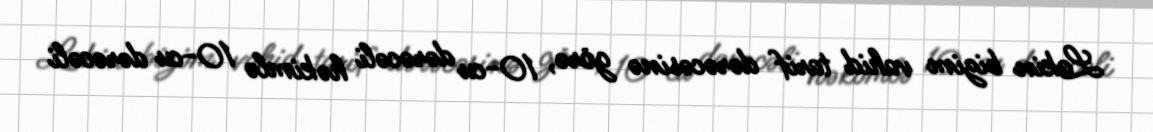
Lakin bizim vahid tarif dərəcəsinə görə, 10-cu dərəcəli həkimlə 10-cu dərəcəli